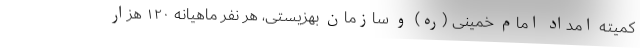
کمیته امداد امام خمینی (ره) و سازمان بهزیستی، هر نفر ماهیانه ۱۲۰ هزار